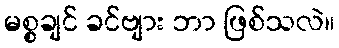
မစ္စချင် ခင်ဗျား ဘာ ဖြစ်သလဲ။